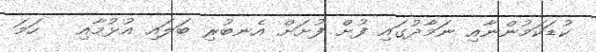
ކުޑަކަމުންނާއި ނަމާދުގައި ފުށް ފުށަށް އެނބުރި ބަލައި އުޅުމާއި   ހަމަ